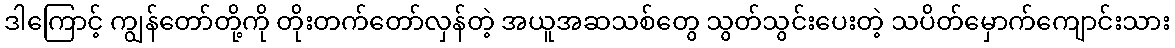
ဒါကြောင့် ကျွန်တော်တို့ကို တိုးတက်တော်လှန်တဲ့ အယူအဆသစ်တွေ သွတ်သွင်းပေးတဲ့ သပိတ်မှောက်ကျောင်းသား